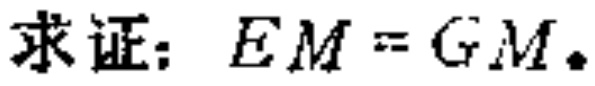
求证：\(EM = GM\)。